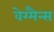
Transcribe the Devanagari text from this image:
वेग्मैन्स